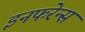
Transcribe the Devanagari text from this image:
इनफरेन्स